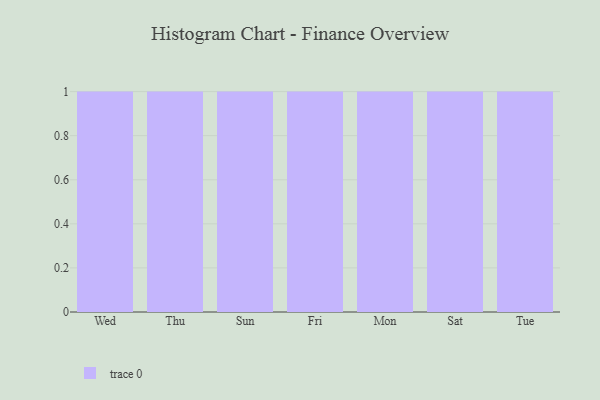
{"axis": {"x": "Day", "y": "Conversion Rate (%)"}, "legend": [""], "data": [{"x": "Wed", "y": 21, "type": ""}, {"x": "Thu", "y": 31, "type": ""}, {"x": "Sun", "y": 76, "type": ""}, {"x": "Fri", "y": 7, "type": ""}, {"x": "Mon", "y": 65, "type": ""}, {"x": "Sat", "y": 39, "type": ""}, {"x": "Tue", "y": 7, "type": ""}]}